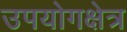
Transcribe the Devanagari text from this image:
उपयोगक्षेत्र